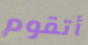
أتقوم